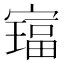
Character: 𫴅